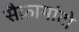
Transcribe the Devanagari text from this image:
सैक्रामांटो